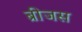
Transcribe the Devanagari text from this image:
ब्रीजस